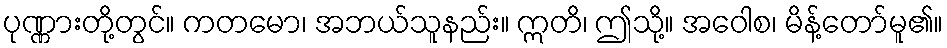
ပုဏ္ဏားတို့တွင်။ ကတမော၊ အဘယ်သူနည်း။ ဣတိ၊ ဤသို့။ အဝေါစ၊ မိန့်တော်မူ၏။